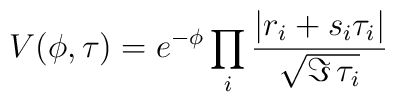
V(\phi,\tau) = e^{- \phi} \prod_i \frac{|r_i + s_i \tau_i|}{\sqrt{\Im\,\tau_i}}